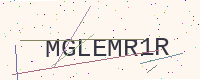
Text: MGLEMR1R